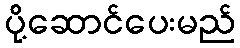
ပို့ဆောင်ပေးမည်